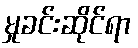
မှုခင်းဆိုင်ရာ